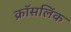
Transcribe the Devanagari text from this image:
क्रॉसलिंक